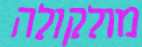
מולקולה